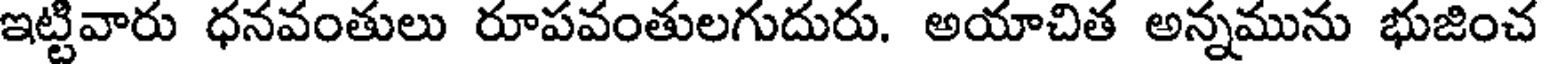
ఇట్టివారు ధనవంతులు రూపవంతులగుదురు. అయాచిత అన్నమును భుజించ